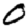
Digit: 0